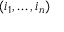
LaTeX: ( i _ { 1 } , \dots , i _ { n } )